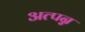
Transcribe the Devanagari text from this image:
अत्पन्न